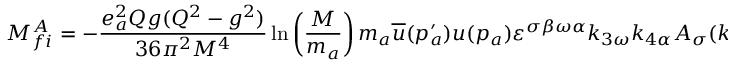
M _ { f i } ^ { A } = - \frac { e _ { a } ^ { 2 } Q g ( Q ^ { 2 } - g ^ { 2 } ) } { 3 6 \pi ^ { 2 } M ^ { 4 } } \ln \left( \frac { M } { m _ { a } } \right) m _ { a } \overline { { { u } } } ( p _ { a } ^ { \prime } ) u ( p _ { a } ) \varepsilon ^ { \sigma \beta \omega \alpha } k _ { 3 \omega } k _ { 4 \alpha } A _ { \sigma } ( k _ { 3 } ) A _ { \beta } ( k _ { 4 } )